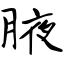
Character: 腋